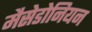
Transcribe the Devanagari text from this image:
मैसेडोनियन